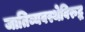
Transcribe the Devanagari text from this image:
जातिव्यवस्थेविरुद्ध